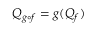
Q _ { g \circ f } = g ( Q _ { f } ) ~